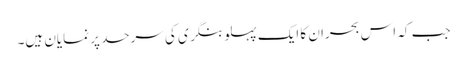
جب کہ اس بحران کا ایک پہلو بنگری کی سرحد پر نمایان ہیں۔